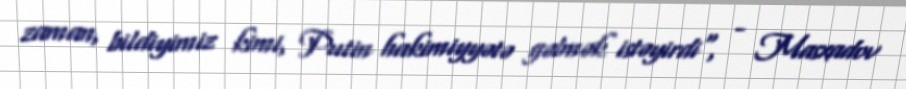
zaman, bildiyimiz kimi, Putin hakimiyyətə gəlmək istəyirdi", - Masxadov